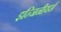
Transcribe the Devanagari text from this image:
इन्जिनीयर्स